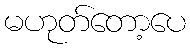
မဟုတ်တော့ပေ